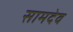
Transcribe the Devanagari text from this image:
सामदेव